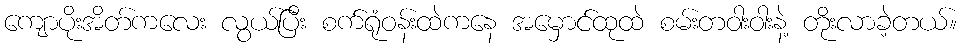
ကျောပိုးအိတ်ကလေး လွယ်ပြီး စက်ရုံဝန်းထဲကနေ အမှောင်ထုထဲ စမ်းတဝါးဝါးနဲ့ တိုးလာခဲ့တယ်။